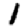
Digit: 1